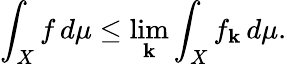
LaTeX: \int_{X}f\, d\mu\leq\operatorname*{lim}_{\mathbf{k}}\int_{X}f_{\mathbf{k}}\, d\mu.